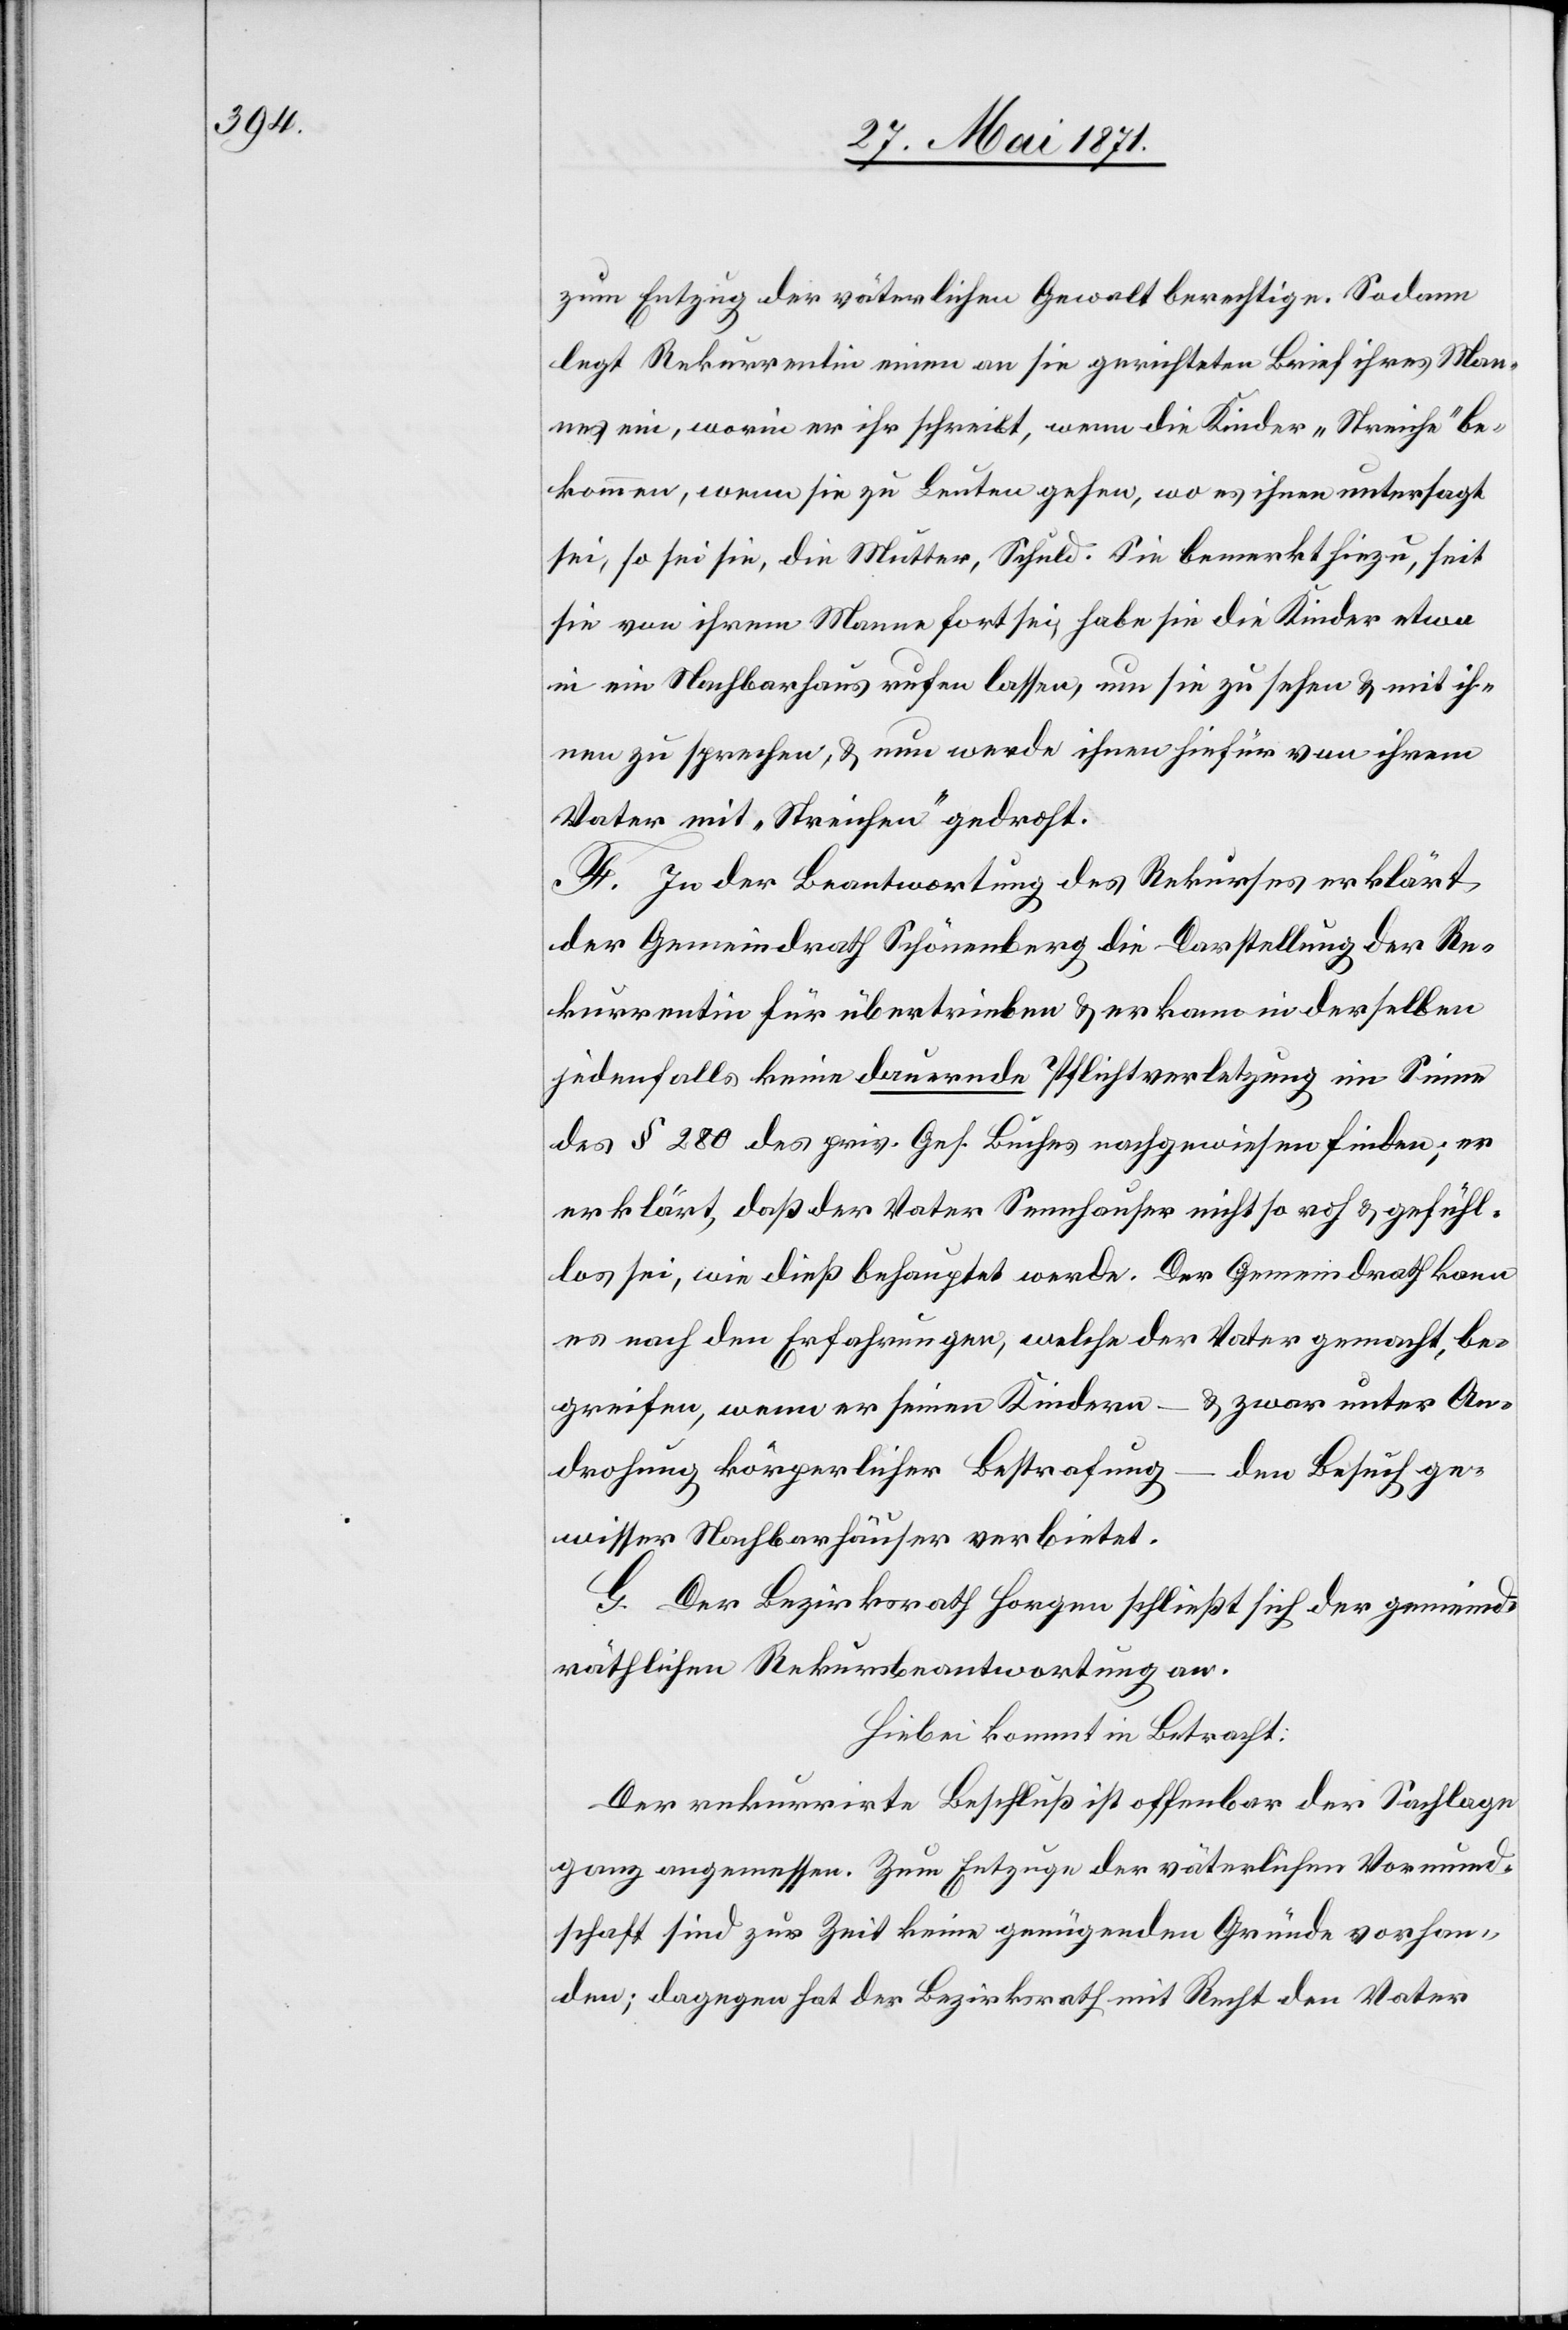
zum Entzug der väterlichen Gewalt berechtige. Sodann
legt Rekurrentin einen an sie gerichteten Brief ihres Man¬
nes ein, worin er ihr schreibt, wenn die Kinder „Streiche“ be¬
kommen, wenn sie zu Leuten gehen, wo es ihnen untersagt
sei, so sei sie, die Mutter, Schuld. Sie bemerkt hiezu, seit
sie von ihrem Manne fort sei, habe sie die Kinder etwa
in ein Nachbarhaus rufen lassen, um sie zu sehen u. mit ih¬
nen zu sprechen, u. nun werde ihnen hiefür von ihrem
Vater mit „Streichen“ gedroht.
F. In der Beantwortung des Rekurses erklärt
der Gemeindrath Schönenberg die Darstellung der Re¬
kurrentin für übertrieben u. er kann in derselben
jedenfalls keine dauernde Pflichtverletzung im Sinne
des § 280 des priv. Ges. Buches nachgewiesen finden; er
erklärt, daß der Vater Sennhauser nicht so roh u. gefühl¬
los sei, wie dieß behauptet werde. Der Gemeindrath kann
es nach den Erfahrungen, welche der Vater gemacht, be¬
u. zwar unter An¬
greifen, wenn er seinen Kindern
drohung körperlicher Bestrafung
den Besuch ge¬
wisser Nachbarhäuser verbietet.
G. Der Bezirksrath Horgen schließt sich der gemeind¬
räthlichen Rekursbeantwortung an.
Hiebei kommt in Betracht:
Der rekurrirte Beschluß ist offenbar der Sachlage
ganz angemessen. Zum Entzuge der väterlichen Vormund¬
schaft sind zur Zeit keine genügende Gründe vorhan¬
den; dagegen hat der Bezirksrath mit Recht den Vater